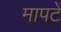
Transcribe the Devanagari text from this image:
मापटें